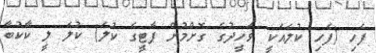
ފެހި (ފެހި ކުލައަކީ ވަހީދުގެ ގޮށްމުށް ޕާޓީގެ ކުލަ) ކުލަ ލީ ކާކުބާ